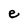
Character: e